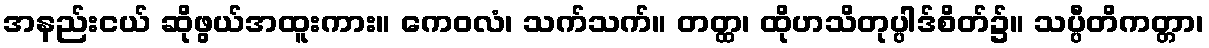
အနည်းငယ် ဆိုဖွယ်အထူးကား။ ကေဝလံ၊ သက်သက်။ တတ္ထ၊ ထိုဟသိတုပ္ပါဒ်စိတ်၌။ သပ္ပီတိကတ္တာ၊